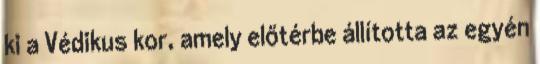
ki a Védikus kor, amely előtérbe állította az egyén